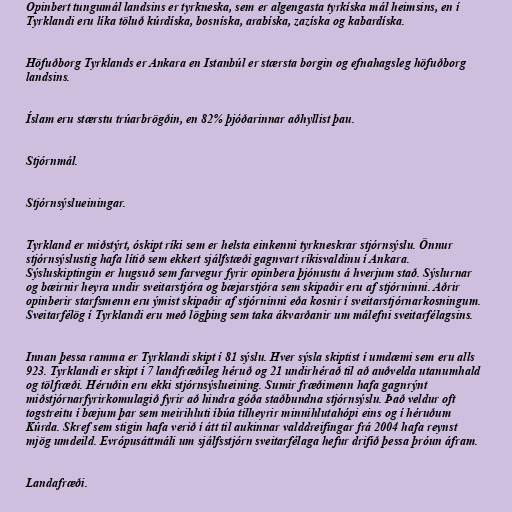
Opinbert tungumál landsins er tyrkneska, sem er algengasta tyrkíska mál heimsins, en í
Tyrklandi eru líka töluð kúrdíska, bosníska, arabíska, zazíska og kabardíska.

Höfuðborg Tyrklands er Ankara en Istanbúl er stærsta borgin og efnahagsleg höfuðborg
landsins.

Íslam eru stærstu trúarbrögðin, en 82% þjóðarinnar aðhyllist þau.

Stjórnmál.

Stjórnsýslueiningar.

Tyrkland er miðstýrt, óskipt ríki sem er helsta einkenni tyrkneskrar stjórnsýslu. Önnur
stjórnsýslustig hafa lítið sem ekkert sjálfstæði gagnvart ríkisvaldinu í Ankara.
Sýsluskiptingin er hugsuð sem farvegur fyrir opinbera þjónustu á hverjum stað. Sýslurnar
og bæirnir heyra undir sveitarstjóra og bæjarstjóra sem skipaðir eru af stjórninni. Aðrir
opinberir starfsmenn eru ýmist skipaðir af stjórninni eða kosnir í sveitarstjórnarkosningum.
Sveitarfélög í Tyrklandi eru með lögþing sem taka ákvarðanir um málefni sveitarfélagsins.

Innan þessa ramma er Tyrklandi skipt í 81 sýslu. Hver sýsla skiptist í umdæmi sem eru alls
923. Tyrklandi er skipt í 7 landfræðileg héruð og 21 undirhérað til að auðvelda utanumhald
og tölfræði. Héruðin eru ekki stjórnsýslueining. Sumir fræðimenn hafa gagnrýnt
miðstjórnarfyrirkomulagið fyrir að hindra góða staðbundna stjórnsýslu. Það veldur oft
togstreitu í bæjum þar sem meirihluti íbúa tilheyrir minnihlutahópi eins og í héruðum
Kúrda. Skref sem stigin hafa verið í átt til aukinnar valddreifingar frá 2004 hafa reynst
mjög umdeild. Evrópusáttmáli um sjálfsstjórn sveitarfélaga hefur drifið þessa þróun áfram.

Landafræði.